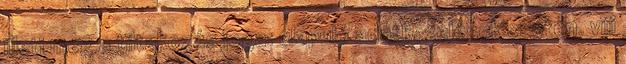
illeti meg a tiltakozás joga: alapuló adatkezelések esetén. viii